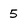
Character: 5